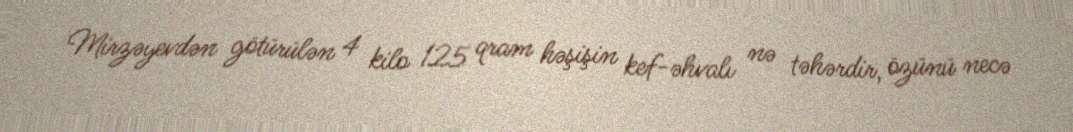
Mirzəyevdən götürülən 4 kilo 125 qram həşişin kef-əhvalı nə təhərdir, özünü necə